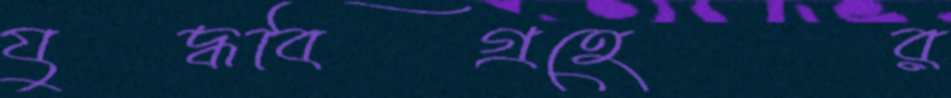
যুদ্ধবিগ্রহের